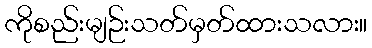
ကိုစည်းမျဉ်းသတ်မှတ်ထားသလား။